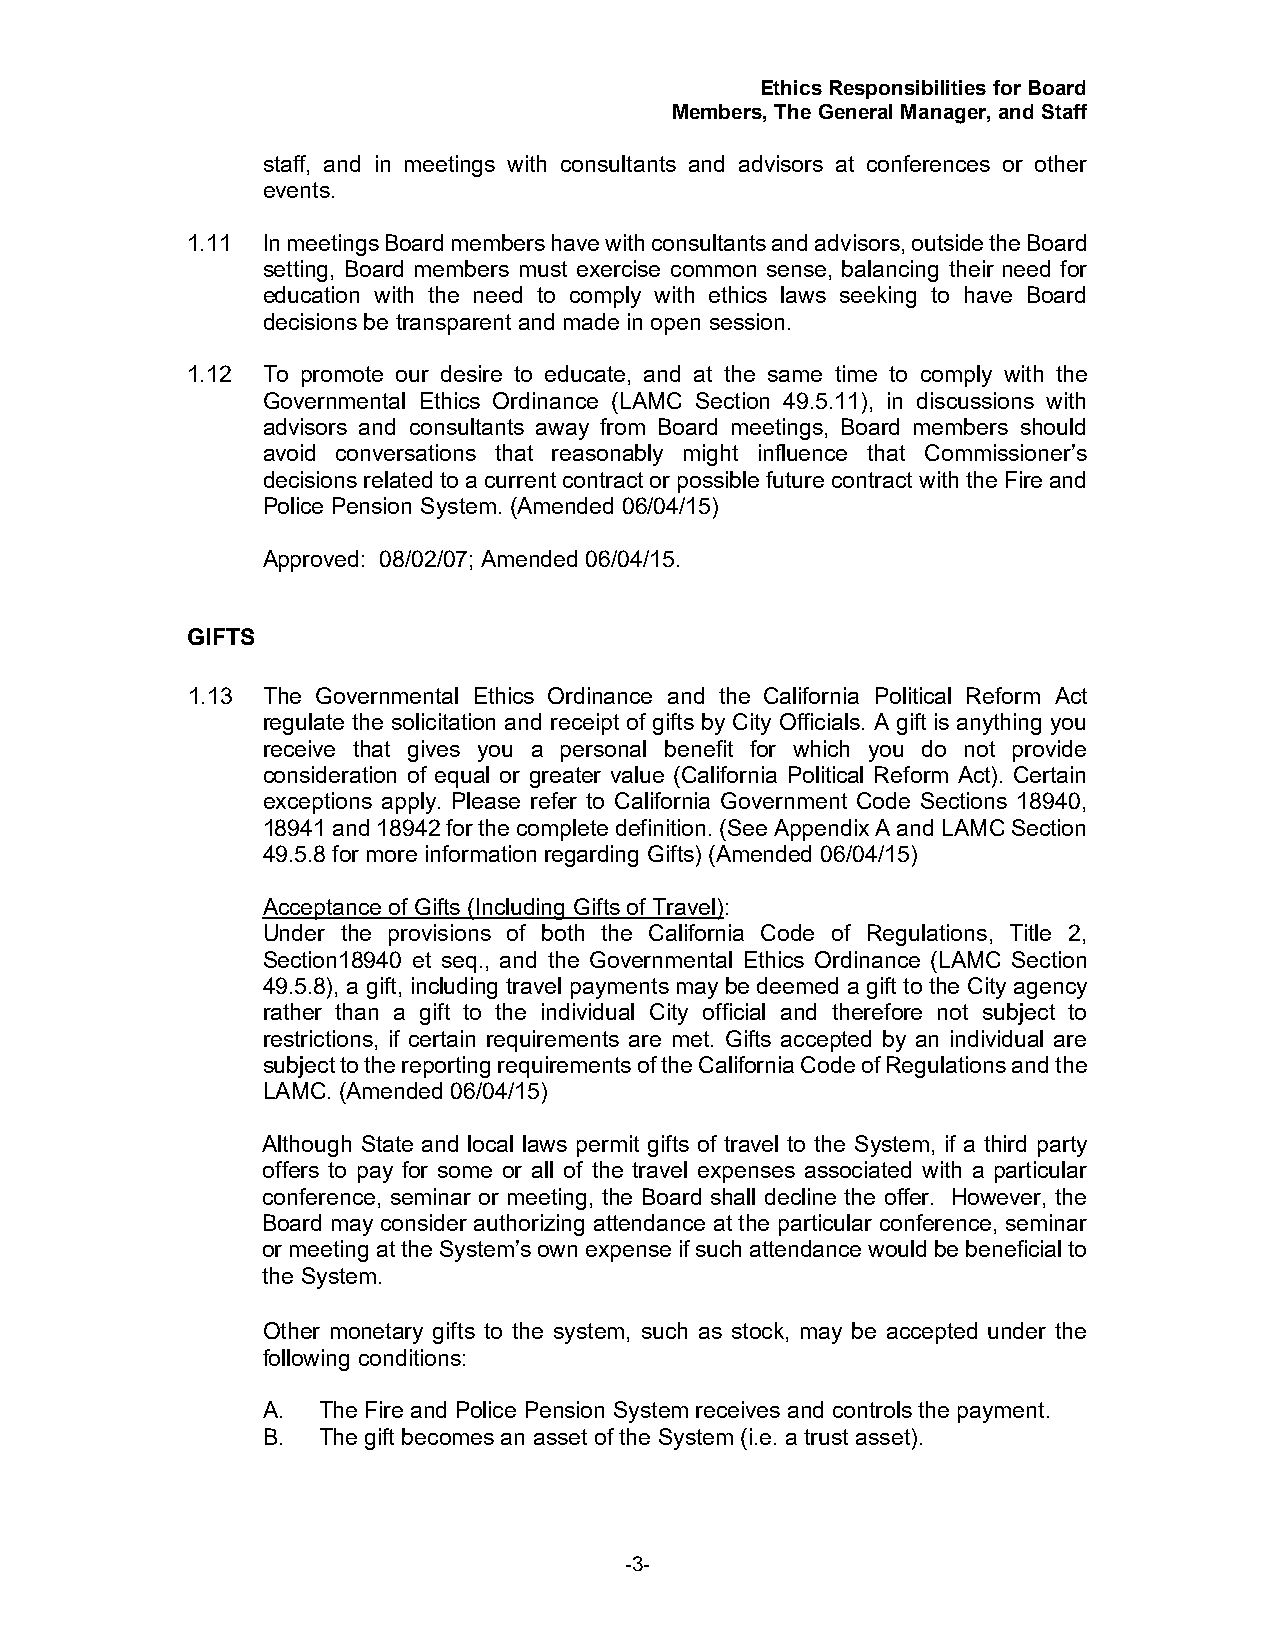
Ethics Responsibilities for Board
 Members, The General Manager, and Staff
 staff, and in meetings with consultants and advisors at conferences or other
 events.
 1.11 In meetings Board members have with consultants and advisors, outside the Board
 setting, Board members must exercise common sense, balancing their need for
 education with the need to comply with ethics laws seeking to have Board
 decisions be transparent and made in open session.
 1.12 To promote our desire to educate, and at the same time to comply with the
 Governmental Ethics Ordinance (LAMC Section 49.5.11), in discussions with
 advisors and consultants away from Board meetings, Board members should
 avoid conversations that reasonably might influence that Commissioner’s
 decisions related to a current contract or possible future contract with the Fire and
 Police Pension System. (Amended 06/04/15)
 Approved: 08/02/07; Amended 06/04/15.
 GIFTS
 1.13 The Governmental Ethics Ordinance and the California Political Reform Act
 regulate the solicitation and receipt of gifts by City Officials. A gift is anything you
 receive that gives you a personal benefit for which you do not provide
 consideration of equal or greater value (California Political Reform Act). Certain
 exceptions apply. Please refer to California Government Code Sections 18940,
 18941 and 18942 for the complete definition. (See Appendix A and LAMC Section
 49.5.8 for more information regarding Gifts) (Amended 06/04/15)
 Acceptance of Gifts (Including Gifts of Travel):
 Under the provisions of both the California Code of Regulations, Title 2,
 Section18940 et seq., and the Governmental Ethics Ordinance (LAMC Section
 49.5.8), a gift, including travel payments may be deemed a gift to the City agency
 rather than a gift to the individual City official and therefore not subject to
 restrictions, if certain requirements are met. Gifts accepted by an individual are
 subject to the reporting requirements of the California Code of Regulations and the
 LAMC. (Amended 06/04/15)
 Although State and local laws permit gifts of travel to the System, if a third party
 offers to pay for some or all of the travel expenses associated with a particular
 conference, seminar or meeting, the Board shall decline the offer. However, the
 Board may consider authorizing attendance at the particular conference, seminar
 or meeting at the System’s own expense if such attendance would be beneficial to
 the System.
 Other monetary gifts to the system, such as stock, may be accepted under the
 following conditions:
 A.  The Fire and Police Pension System receives and controls the payment.
 B.  The gift becomes an asset of the System (i.e. a trust asset).
 -3-